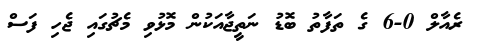
ރެއާލް 0-6 ގެ ތަފާތު ބޮޑު ނަތީޖާއަކުން މޮޅުވި މެޗުގައި ޖެހި ފަސް